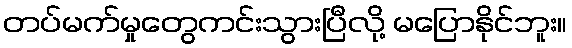
တပ်မက်မှုတွေကင်းသွားပြီလို့ မပြောနိုင်ဘူး။